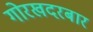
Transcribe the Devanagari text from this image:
गोरखदरबार